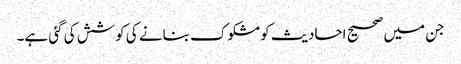
جن میں صحیح احادیث کو مشکوک بنانے کی کوشش کی گئی ہے۔